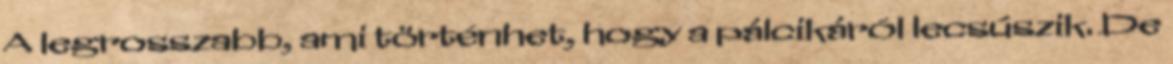
A legrosszabb, ami történhet, hogy a pálcikáról lecsúszik. De